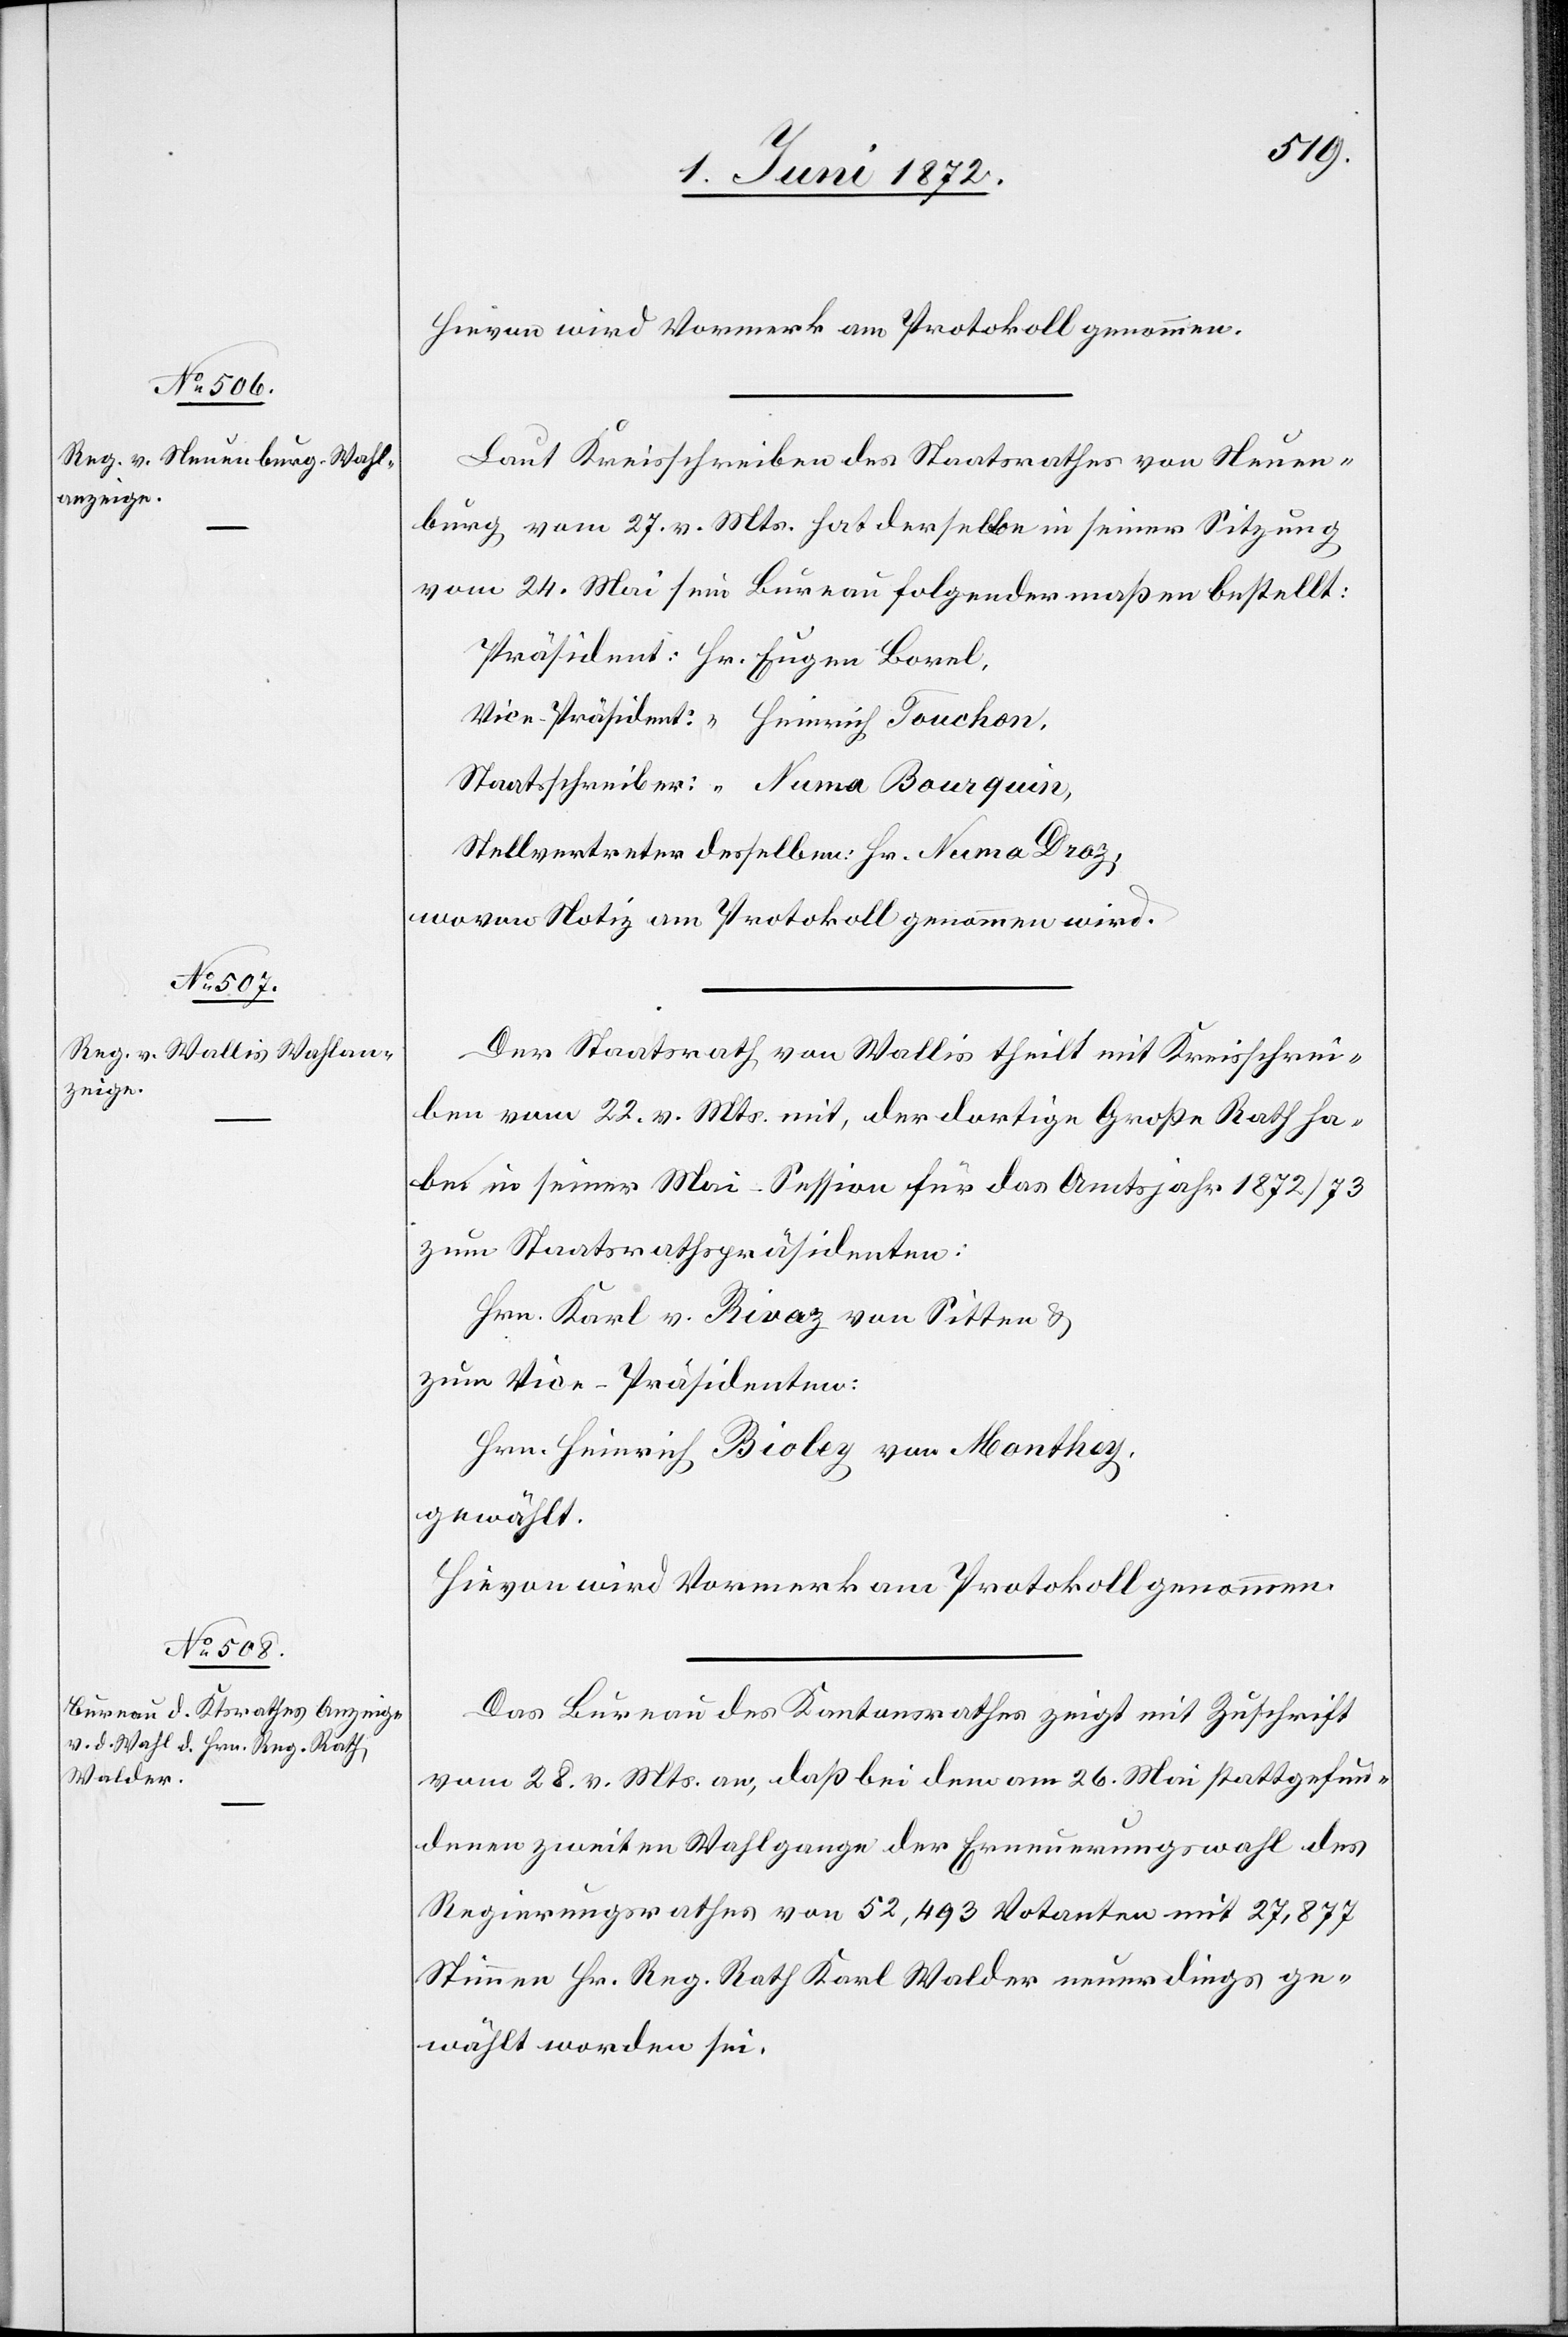
Hievon wird Vormerk am Protokoll genommen.
Laut Kreisschreiben des Staatsrathes von Neuen¬
burg vom 27. v. Mts. hat derselbe in seiner Sitzung
vom 24. Mai sein Bureau folgendermaßen bestellt:
Stellvertreter desselben: Hr. Numa Droz;
wovon Notiz am Protokoll genommen wird.
Der Staatsrath von Wallis theilt mit Kreisschrei¬
ben vom 22. v. Mts. mit, der dortige Große Rath ha¬
be in seiner Mai-Session für das Amtsjahr 1872/73
zum Staatsrathspräsidenten:
Hrn. Karl. v. Rivaz von Sitten u.
zum Vice-Präsidenten:
Hrn. Heinrich Bioley von Monthey.
gewählt.
Hievon wird Vormerk am Protokoll genommen.
Das Bureau des Kantonsrathes zeigt mit Zuschrift
vom 28. v. Mts. an, daß bei dem am 26. Mai stattgefun¬
denen zweiten Wahlgange der Erneuerungswahl des
Regierungsrathes von 52,493 Votanten mit 27,877
Stimmen Hr. Reg. Rath Karl Walder neuerdings ge¬
wählt worden sei.